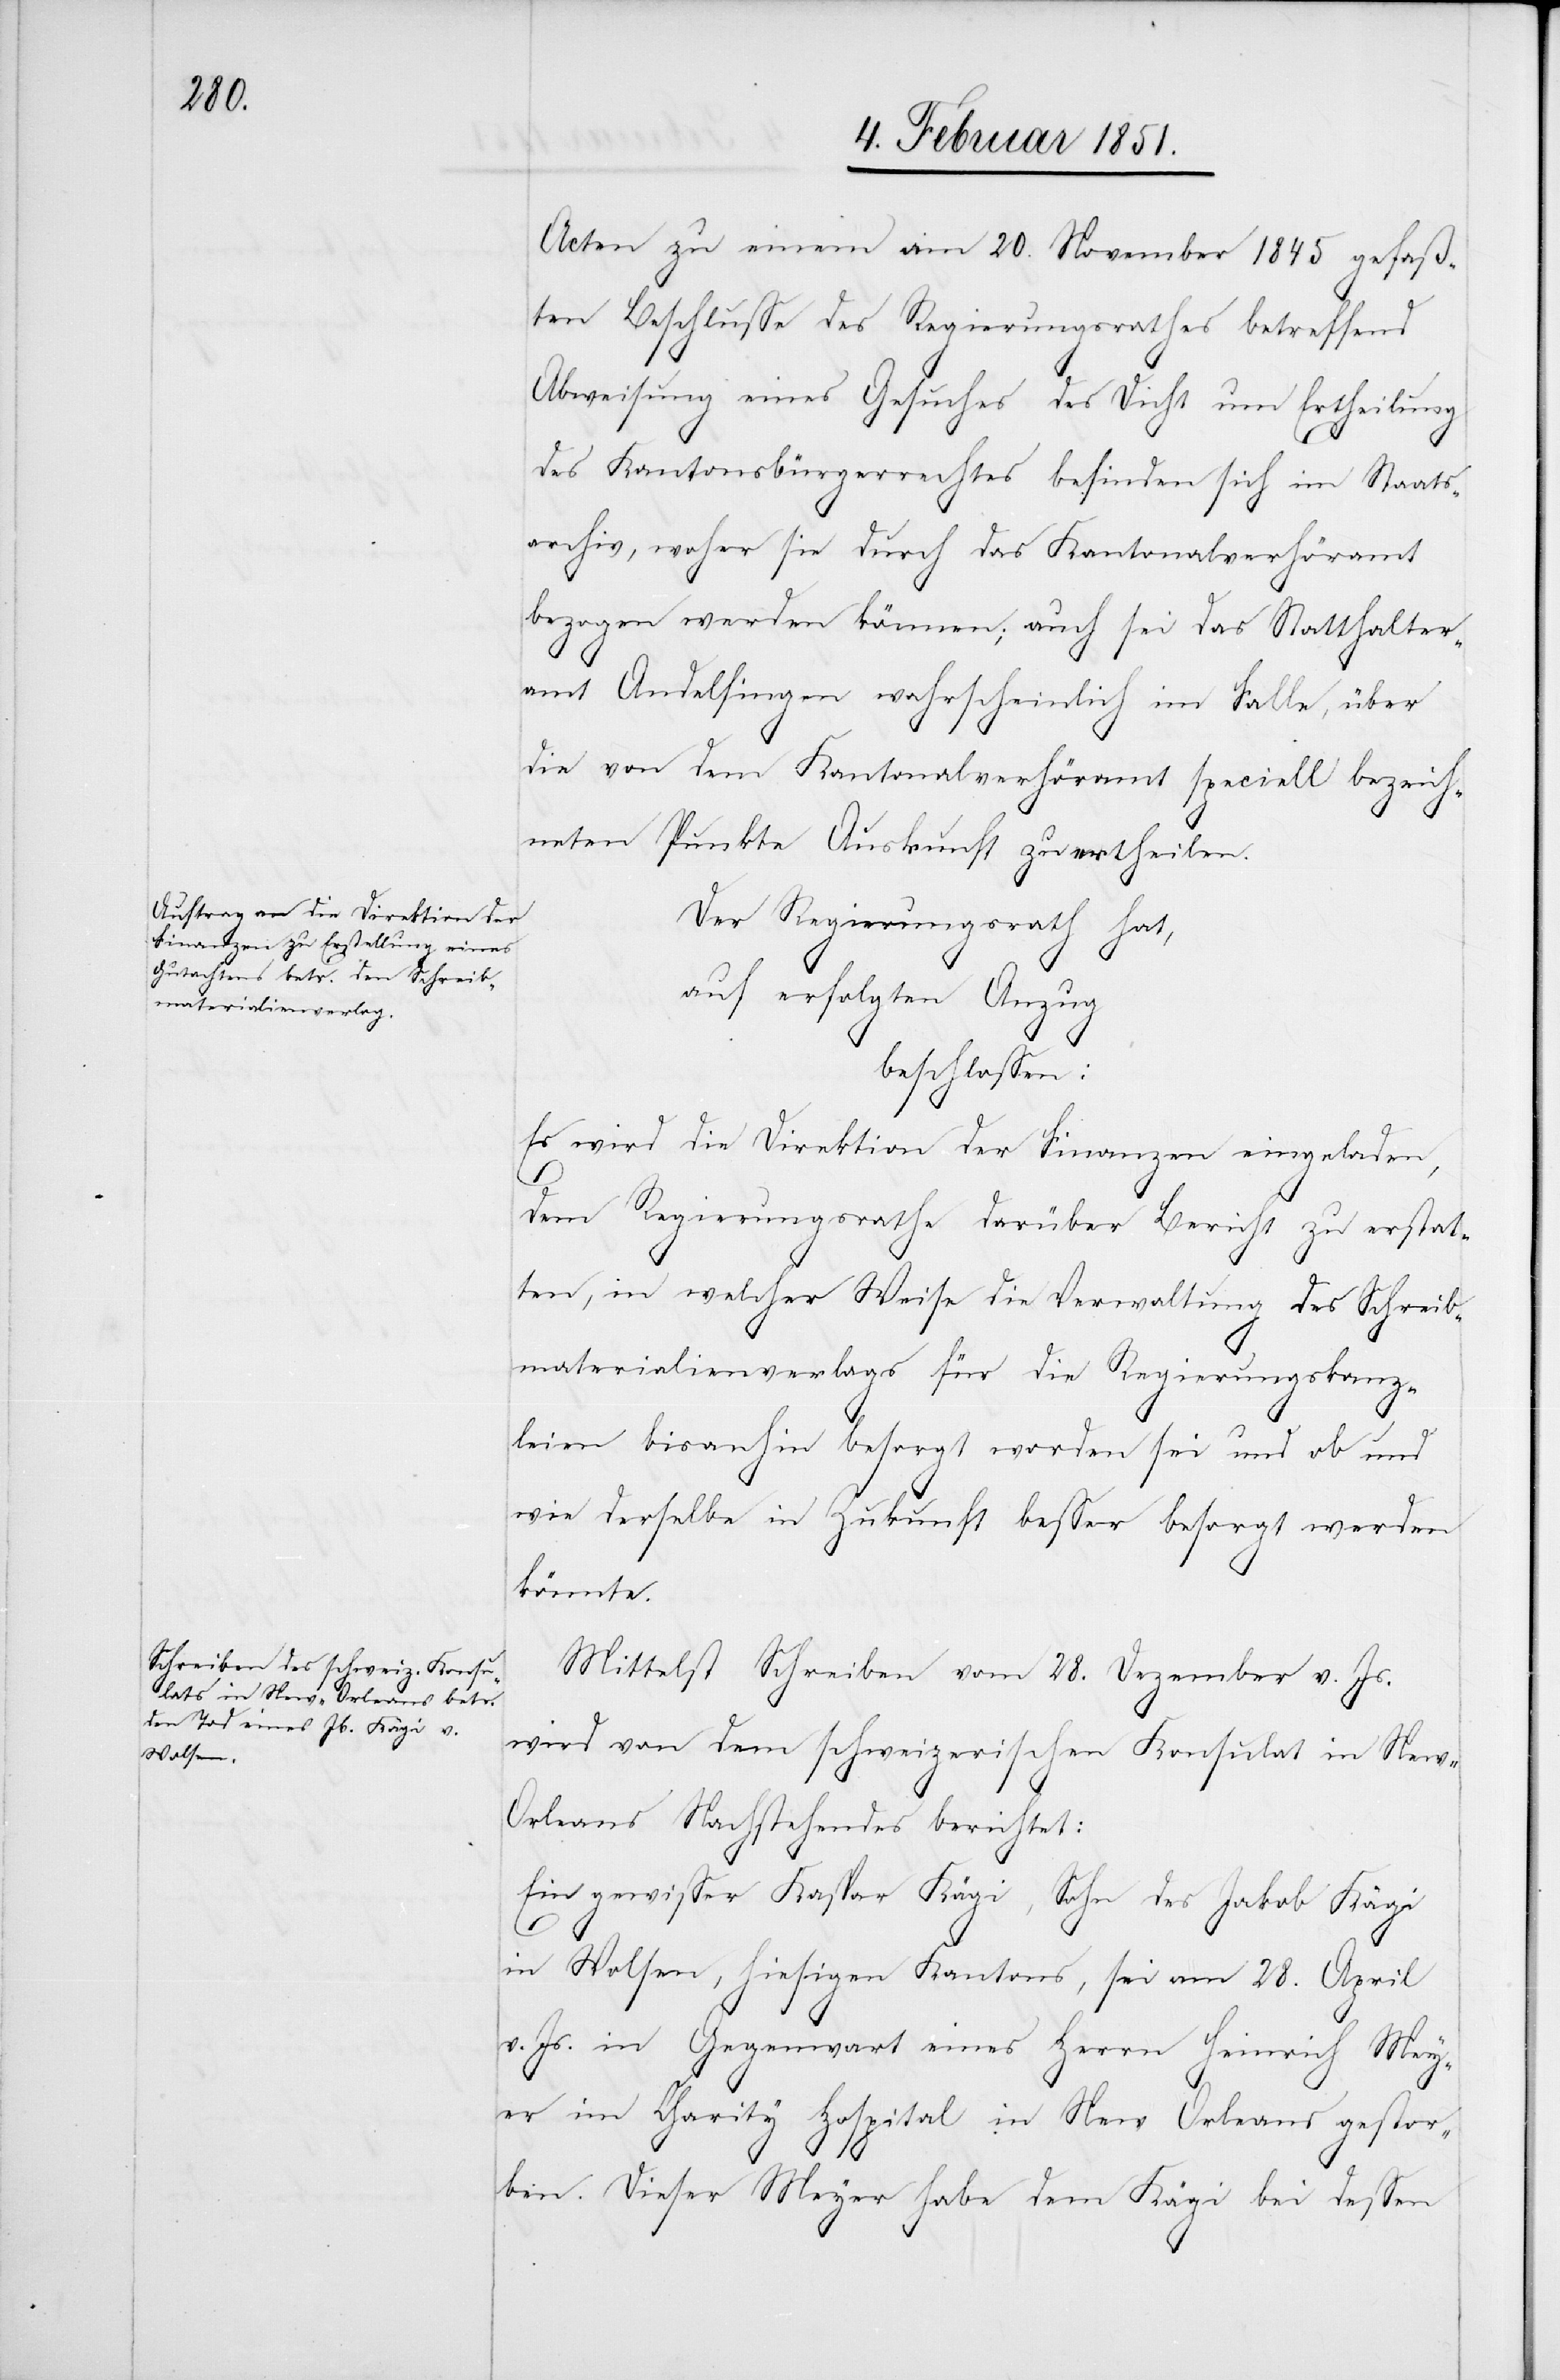
Acten zu einem am 20. November 1845 gefaß¬
ten Beschlusse des Regierungsrathes betreffend
Abweisung eines Gesuches des Dicht um Ertheilung
des Kantonsbürgerrechtes befinden sich im Staats¬
archiv, woher sie durch das Kantonalverhöramt
bezogen werden können; auch sei das Statthalter¬
amt Andelfingen wahrscheinlich im Falle, über
die von dem Kantonalverhöramt speciell bezeich¬
neten Punkte Auskunft zu ertheilen.
Der Regierungsrath hat,
auf erfolgten Anzug
beschlossen:
Es wird die Direktion der Finanzen eingeladen,
dem Regierungsrathe darüber Bericht zu erstat¬
ten, in welcher Weise die Verwaltung des Schreib¬
materialienverlags für die Regierungskanz¬
leien bisanhin besorgt worden sei und ob und
wie derselbe in Zukunft besser besorgt werden
könnte.
Mittelst Schreiben vom 28. Dezember v. Js.
wird von dem schweizerischen Konsulat in Ne¬
w-Orleans Nachstehendes berichtet:
Ein gewisser Kaspar [sic!] Kägi, Sohn des Jakob Kägi
in Wolsen, hiesigen Kantons, sei am 28. April
v. Js. in Gegenwart eines Herrn Heinrich Mey¬
er im Charity Hospital in New Orleans gestor¬
ben. Dieser Meyer habe dem Kägi bei dessen